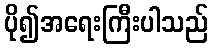
ပို၍အရေးကြီးပါသည်